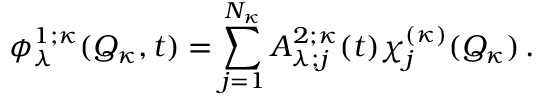
\phi _ { \lambda } ^ { 1 ; \kappa } ( Q _ { \kappa } , t ) = \sum _ { j = 1 } ^ { N _ { \kappa } } A _ { \lambda ; j } ^ { 2 ; \kappa } ( t ) \chi _ { j } ^ { ( \kappa ) } ( Q _ { \kappa } ) \, .